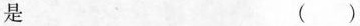
是()